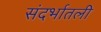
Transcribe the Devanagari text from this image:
संदर्भातली